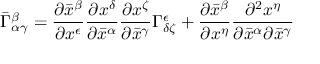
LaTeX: { \bar { \Gamma } } _ { \alpha \gamma } ^ { \beta } = { \frac { \partial { \bar { x } } ^ { \beta } } { \partial x ^ { \epsilon } } } { \frac { \partial x ^ { \delta } } { \partial { \bar { x } } ^ { \alpha } } } { \frac { \partial x ^ { \zeta } } { \partial { \bar { x } } ^ { \gamma } } } \Gamma _ { \delta \zeta } ^ { \epsilon } + { \frac { \partial { \bar { x } } ^ { \beta } } { \partial x ^ { \eta } } } { \frac { \partial ^ { 2 } x ^ { \eta } } { \partial { \bar { x } } ^ { \alpha } \partial { \bar { x } } ^ { \gamma } } }